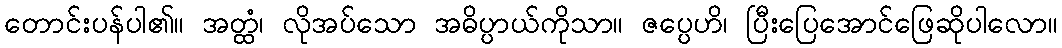
တောင်းပန်ပါ၏။ အတ္ထံ၊ လိုအပ်သော အဓိပ္ပာယ်ကိုသာ။ ဇပ္ပေဟိ၊ ပြီးပြေအောင်ဖြေဆိုပါလော။